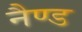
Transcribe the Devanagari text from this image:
नैण्ड